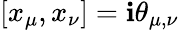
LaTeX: [x_{\mu},x_{\nu}]=\mathbf{i}\theta_{\mu,\nu}